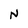
Character: N